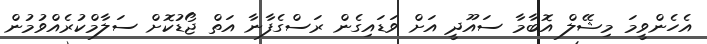
އެހެންވީމަ މިޝޭލް އޮބާމާ ސައޫދީ އަށް ވަޑައިގެން ރަސްގެފާނާ އަތް ޖޯޑުކޮށް ސަލާމްކުރެއްވުމުން